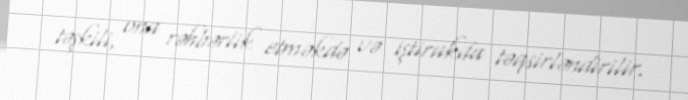
təşkili, ona rəhbərlik etməkdə və iştirakda təqsirləndirilir.